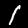
Digit: 1